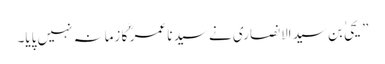
” یحیٰ بن سید الانصاری نے سید نا عمر ؓ کا زمانہ نہیں پایا۔